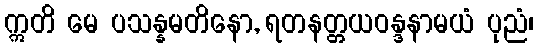
ဣတိ မေ ပသန္နမတိနော, ရတနတ္တယဝန္ဒနာမယံ ပုညံ၊